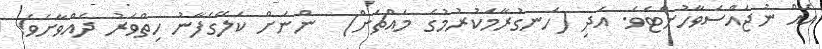
އެއް ނުޖައްސަވާހުށްޓެވެ. އަދި (ހަނގުރާމަކުރުމުގެ މައްޗަށް)  ންނަށް ކަލޭގެފާނު ހިތްވަރު ދެއްވާށެވެ!